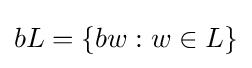
bL=\{bw:w\in L\}